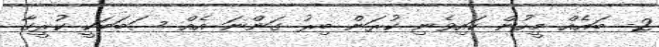
2- ބައެއް މީހުން ކައިވެނި ކުރަން ބިރު ގަންނަ އެއް ސަބަބަކީ ކުރީގާ